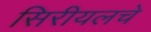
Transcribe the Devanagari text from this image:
सिरीयलचे